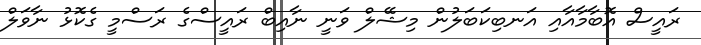
ރައީސް އޮބާމާއާއި އަނބިކަބަލުން މިޝޭލް ވަނީ ނާއިބް ރައީސްގެ ރަސްމީ ގެކޮޅު ނާވަލް